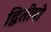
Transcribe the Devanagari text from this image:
द्वितीयो